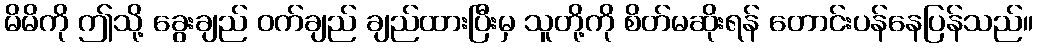
မိမိကို ဤသို့ ခွေးချည် ဝက်ချည် ချည်ထားပြီးမှ သူတို့ကို စိတ်မဆိုးရန် တောင်းပန်နေပြန်သည်။